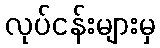
လုပ်ငန်းများမှ